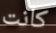
كانت